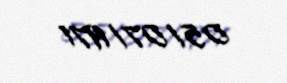
05/07/1971